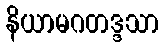
နိယာမဂတဒ္ဒသာ